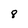
Character: 8